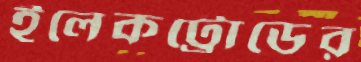
ইলেকট্রোডের